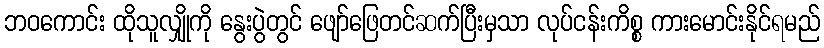
ဘဝကောင်း ထိုသူလျှိုကို နွေးပွဲတွင် ဖျော်ဖြေတင်ဆက်ပြီးမှသာ လုပ်ငန်းကိစ္စ ကားမောင်းနိုင်ရမည်